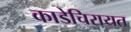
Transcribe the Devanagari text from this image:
काडेचिरायत